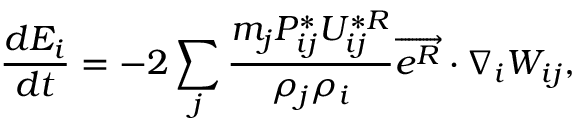
\frac { d E _ { i } } { d t } = - 2 \sum _ { j } \frac { m _ { j } P _ { i j } ^ { * } U _ { i j } ^ { * R } } { \rho _ { j } \rho _ { i } } \overrightarrow { e ^ { R } } \cdot \nabla _ { i } W _ { i j } ,